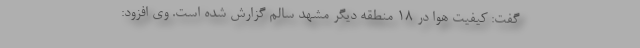
گفت: کیفیت هوا در ۱۸ منطقه دیگر مشهد سالم گزارش شده است. وی افزود: